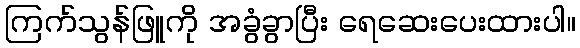
ကြက်သွန်ဖြူကို အခွံခွာပြီး ရေဆေးပေးထားပါ။